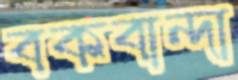
বকবান্দা